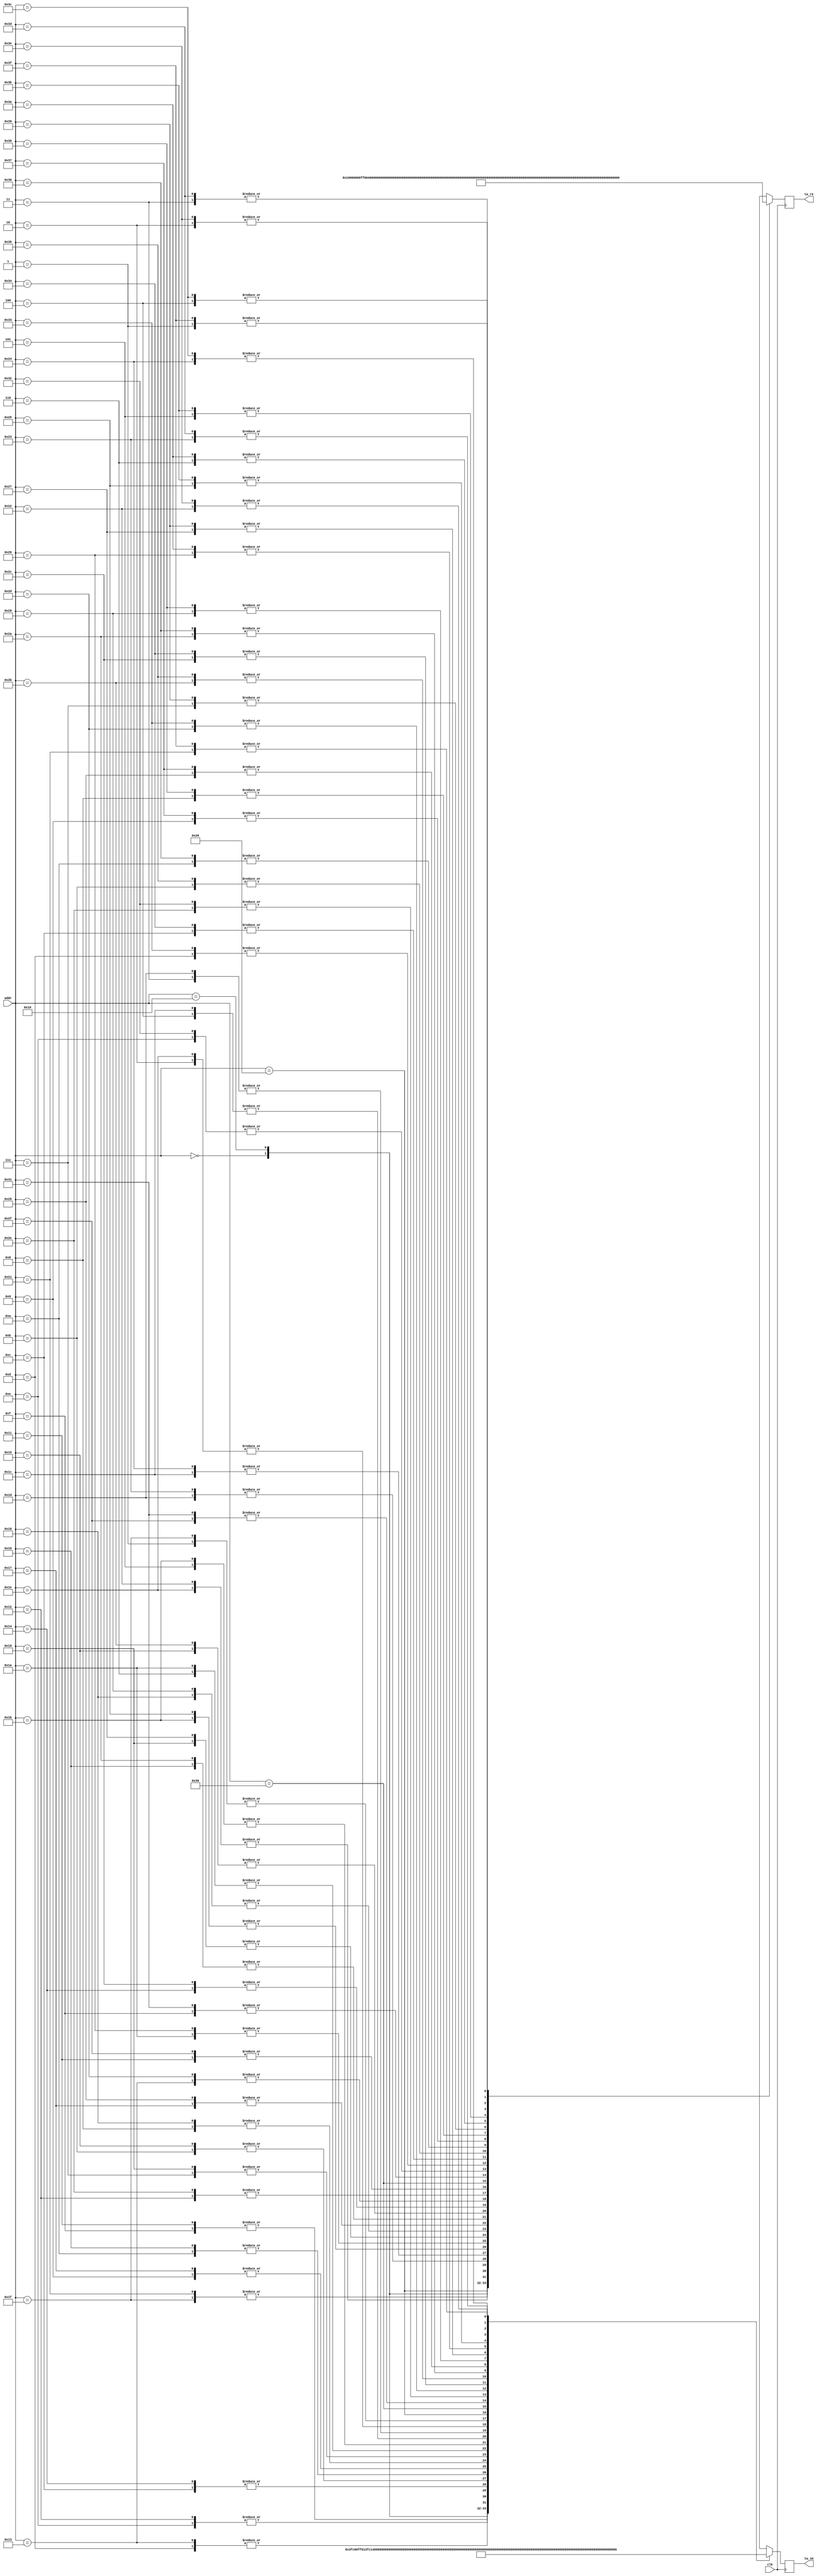
module Twiddle64 #(
    parameter   TW_FF = 1   //  Use Output Register
)(
    input           clk,  //  Master Clock
    input   [5:0]   addr,   //  Twiddle Factor Number
    output  [17:0]  tw_re,  //  Twiddle Factor (Real)
    output  [17:0]  tw_im   //  Twiddle Factor (Imag)
);

wire[17:0]  wn_re[0:63];   //  Twiddle Table (Real)
wire[17:0]  wn_im[0:63];   //  Twiddle Table (Imag)
wire[17:0]  mx_re;          //  Multiplexer output (Real)
wire[17:0]  mx_im;          //  Multiplexer output (Imag)
reg [17:0]  ff_re;          //  Register output (Real)
reg [17:0]  ff_im;          //  Register output (Imag)

assign  mx_re = wn_re[addr];
assign  mx_im = wn_im[addr];

always @(posedge clk) begin
    ff_re <= mx_re;
    ff_im <= mx_im;
end

assign  tw_re = TW_FF ? ff_re : mx_re;
assign  tw_im = TW_FF ? ff_im : mx_im;
assign wn_re[0] = 18'b000000010000000000; assign wn_im[0] = 18'b000000000000000000; 
assign wn_re[1] = 18'b000000001111111011; assign wn_im[1] = 18'b111111111110011011; 
assign wn_re[2] = 18'b000000001111101100; assign wn_im[2] = 18'b111111111100111000; 
assign wn_re[3] = 18'b000000001111010011; assign wn_im[3] = 18'b111111111011010110; 
assign wn_re[4] = 18'b000000001110110010; assign wn_im[4] = 18'b111111111001111000; 
assign wn_re[5] = 18'b000000001110000111; assign wn_im[5] = 18'b111111111000011101; 
assign wn_re[6] = 18'b000000001101010011; assign wn_im[6] = 18'b111111110111000111; 
assign wn_re[7] = 18'b000000001100010111; assign wn_im[7] = 18'b111111110101110110; 
assign wn_re[8] = 18'b000000001011010100; assign wn_im[8] = 18'b111111110100101011; 
assign wn_re[9] = 18'b000000001010001001; assign wn_im[9] = 18'b111111110011101000; 
assign wn_re[10] = 18'b000000001000111000; assign wn_im[10] = 18'b111111110010101100; 
assign wn_re[11] = 18'b000000000111100010; assign wn_im[11] = 18'b111111110001111000; 
assign wn_re[12] = 18'b000000000110000111; assign wn_im[12] = 18'b111111110001001101; 
assign wn_re[13] = 18'b000000000100101001; assign wn_im[13] = 18'b111111110000101100; 
assign wn_re[14] = 18'b000000000011000111; assign wn_im[14] = 18'b111111110000010011; 
assign wn_re[15] = 18'b000000000001100100; assign wn_im[15] = 18'b111111110000000100; 
assign wn_re[16] = 18'b000000000000000000; assign wn_im[16] = 18'b111111110000000000; 
assign wn_re[17] = 18'b111111111110011011; assign wn_im[17] = 18'b111111110000000100; 
assign wn_re[18] = 18'b111111111100111000; assign wn_im[18] = 18'b111111110000010011; 
assign wn_re[19] = 18'b111111111011010110; assign wn_im[19] = 18'b111111110000101100; 
assign wn_re[20] = 18'b111111111001111000; assign wn_im[20] = 18'b111111110001001101; 
assign wn_re[21] = 18'b111111111000011101; assign wn_im[21] = 18'b111111110001111000; 
assign wn_re[22] = 18'b111111110111000111; assign wn_im[22] = 18'b111111110010101100; 
assign wn_re[23] = 18'b111111110101110110; assign wn_im[23] = 18'b111111110011101000; 
assign wn_re[24] = 18'b111111110100101011; assign wn_im[24] = 18'b111111110100101011; 
assign wn_re[25] = 18'b111111110011101000; assign wn_im[25] = 18'b111111110101110110; 
assign wn_re[26] = 18'b111111110010101100; assign wn_im[26] = 18'b111111110111000111; 
assign wn_re[27] = 18'b111111110001111000; assign wn_im[27] = 18'b111111111000011101; 
assign wn_re[28] = 18'b111111110001001101; assign wn_im[28] = 18'b111111111001111000; 
assign wn_re[29] = 18'b111111110000101100; assign wn_im[29] = 18'b111111111011010110; 
assign wn_re[30] = 18'b111111110000010011; assign wn_im[30] = 18'b111111111100111000; 
assign wn_re[31] = 18'b111111110000000100; assign wn_im[31] = 18'b111111111110011011; 
assign wn_re[32] = 18'b111111110000000000; assign wn_im[32] = 18'b111111111111111111; 
assign wn_re[33] = 18'b111111110000000100; assign wn_im[33] = 18'b000000000001100100; 
assign wn_re[34] = 18'b111111110000010011; assign wn_im[34] = 18'b000000000011000111; 
assign wn_re[35] = 18'b111111110000101100; assign wn_im[35] = 18'b000000000100101001; 
assign wn_re[36] = 18'b111111110001001101; assign wn_im[36] = 18'b000000000110000111; 
assign wn_re[37] = 18'b111111110001111000; assign wn_im[37] = 18'b000000000111100010; 
assign wn_re[38] = 18'b111111110010101100; assign wn_im[38] = 18'b000000001000111000; 
assign wn_re[39] = 18'b111111110011101000; assign wn_im[39] = 18'b000000001010001001; 
assign wn_re[40] = 18'b111111110100101011; assign wn_im[40] = 18'b000000001011010100; 
assign wn_re[41] = 18'b111111110101110110; assign wn_im[41] = 18'b000000001100010111; 
assign wn_re[42] = 18'b111111110111000111; assign wn_im[42] = 18'b000000001101010011; 
assign wn_re[43] = 18'b111111111000011101; assign wn_im[43] = 18'b000000001110000111; 
assign wn_re[44] = 18'b111111111001111000; assign wn_im[44] = 18'b000000001110110010; 
assign wn_re[45] = 18'b111111111011010110; assign wn_im[45] = 18'b000000001111010011; 
assign wn_re[46] = 18'b111111111100111000; assign wn_im[46] = 18'b000000001111101100; 
assign wn_re[47] = 18'b111111111110011011; assign wn_im[47] = 18'b000000001111111011; 
assign wn_re[48] = 18'b111111111111111111; assign wn_im[48] = 18'b000000010000000000; 
assign wn_re[49] = 18'b000000000001100100; assign wn_im[49] = 18'b000000001111111011; 
assign wn_re[50] = 18'b000000000011000111; assign wn_im[50] = 18'b000000001111101100; 
assign wn_re[51] = 18'b000000000100101001; assign wn_im[51] = 18'b000000001111010011; 
assign wn_re[52] = 18'b000000000110000111; assign wn_im[52] = 18'b000000001110110010; 
assign wn_re[53] = 18'b000000000111100010; assign wn_im[53] = 18'b000000001110000111; 
assign wn_re[54] = 18'b000000001000111000; assign wn_im[54] = 18'b000000001101010011; 
assign wn_re[55] = 18'b000000001010001001; assign wn_im[55] = 18'b000000001100010111; 
assign wn_re[56] = 18'b000000001011010100; assign wn_im[56] = 18'b000000001011010100; 
assign wn_re[57] = 18'b000000001100010111; assign wn_im[57] = 18'b000000001010001001; 
assign wn_re[58] = 18'b000000001101010011; assign wn_im[58] = 18'b000000001000111000; 
assign wn_re[59] = 18'b000000001110000111; assign wn_im[59] = 18'b000000000111100010; 
assign wn_re[60] = 18'b000000001110110010; assign wn_im[60] = 18'b000000000110000111; 
assign wn_re[61] = 18'b000000001111010011; assign wn_im[61] = 18'b000000000100101001; 
assign wn_re[62] = 18'b000000001111101100; assign wn_im[62] = 18'b000000000011000111; 
assign wn_re[63] = 18'b000000001111111011; assign wn_im[63] = 18'b000000000001100100; 

endmodule